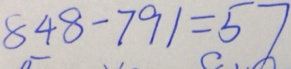
8 4 8 - 7 9 1 = 5 7